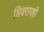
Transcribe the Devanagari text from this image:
शिवरायही